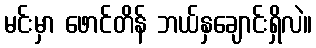
မင်းမှာ ဖောင်တိန် ဘယ်နှချောင်းရှိလဲ။